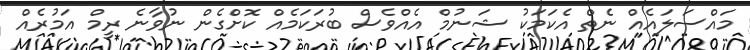
މައްސަލައެއް ނެތް އެކަމަކު ޝަނުމް އެއްވެސް ބުރަކަމެއް ކޮށްގެން ނުވާނެ ރީމް އަމުރެއް